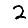
Digit: 2